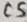
Text: C5